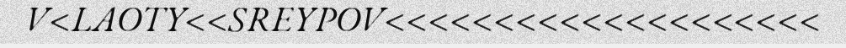
V<LAOTY<<SREYPOV<<<<<<<<<<<<<<<<<<<<